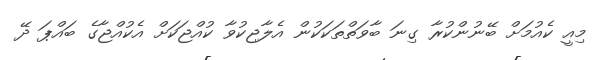
މިއީ ކެއުމަށް ބޭނުންކުރާ ގިނަ ބާވަތްތަކަކުން އެލާޖިކުވާ ކުއްޖަކަށް އެކުއްޖާގެ ބައްޕަ ދޭ